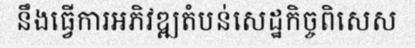
នឹងធ្វើការអភិវឌ្ឍតំបន់សេដ្ឋកិច្ចពិសេស